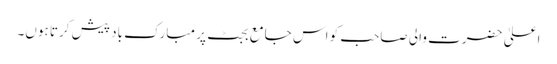
اعلیٰ حضرت والی صاحب کو اس جامع بجٹ پر مبارک باد پیش کرتا ہوں۔